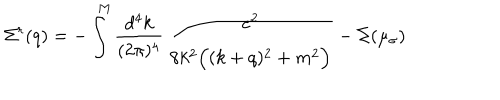
\Sigma ^ { r } ( q ) = - \int ^ { M } \frac { d ^ { 4 } k } { ( 2 \pi ) ^ { 4 } } \, \frac { e ^ { 2 } } { 8 k ^ { 2 } \Big ( ( k + q ) ^ { 2 } + m ^ { 2 } \Big ) } - \Sigma ( \mu _ { \sigma } )